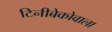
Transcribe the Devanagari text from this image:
टिनीबेकोवाला